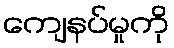
ကျေနပ်မှုကို